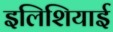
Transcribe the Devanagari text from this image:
इलिशियाई